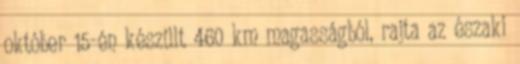
október 15-én készült 460 km magasságból, rajta az északi